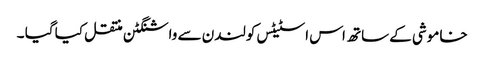
خاموشی کے ساتھ اس اسٹیٹس کولندن سے واشنگٹن منتقل کیا گیا ۔